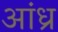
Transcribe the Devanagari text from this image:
अांध्र